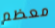
معظم